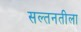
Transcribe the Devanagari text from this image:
सल्तनतीला